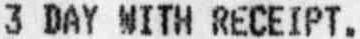
3 DAY WITH RECEIPT.